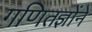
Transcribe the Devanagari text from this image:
गणितज्ञोंने